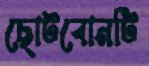
ছোটবোনটি